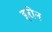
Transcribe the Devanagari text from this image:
इरोन